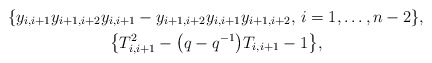
\begin{gather*}\{y_{i,i+1} y_{i+1,i+2} y_{i,i+1}-y_{i+1,i+2} y_{i,i+1} y_{i+1,i+2},\, i=1,\ldots,n-2 \}, \\\big\{T_{i,i+1}^2-\big(q-q^{-1}\big) T_{i,i+1}-1 \big\},\end{gather*}